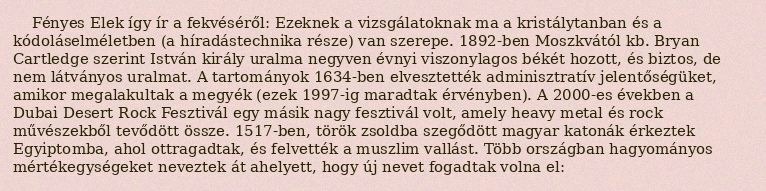
Fényes Elek így ír a fekvéséről: Ezeknek a vizsgálatoknak ma a kristálytanban és a kódoláselméletben (a híradástechnika része) van szerepe. 1892-ben Moszkvától kb. Bryan Cartledge szerint István király uralma negyven évnyi viszonylagos békét hozott, és biztos, de nem látványos uralmat. A tartományok 1634-ben elvesztették adminisztratív jelentőségüket, amikor megalakultak a megyék (ezek 1997-ig maradtak érvényben). A 2000-es években a Dubai Desert Rock Fesztivál egy másik nagy fesztivál volt, amely heavy metal és rock művészekből tevődött össze. 1517-ben, török zsoldba szegődött magyar katonák érkeztek Egyiptomba, ahol ottragadtak, és felvették a muszlim vallást. Több országban hagyományos mértékegységeket neveztek át ahelyett, hogy új nevet fogadtak volna el: